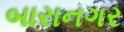
બારાનગર